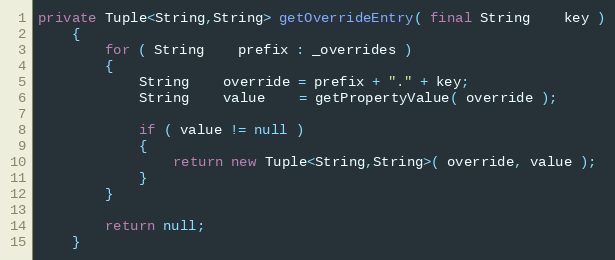
Language: Java
private Tuple<String,String> getOverrideEntry( final String    key )
    {
        for ( String    prefix : _overrides )
        {
            String    override = prefix + "." + key;
            String    value    = getPropertyValue( override );

            if ( value != null )
            {
                return new Tuple<String,String>( override, value );
            }
        }

        return null;
    }